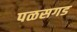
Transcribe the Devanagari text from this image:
पळसगड